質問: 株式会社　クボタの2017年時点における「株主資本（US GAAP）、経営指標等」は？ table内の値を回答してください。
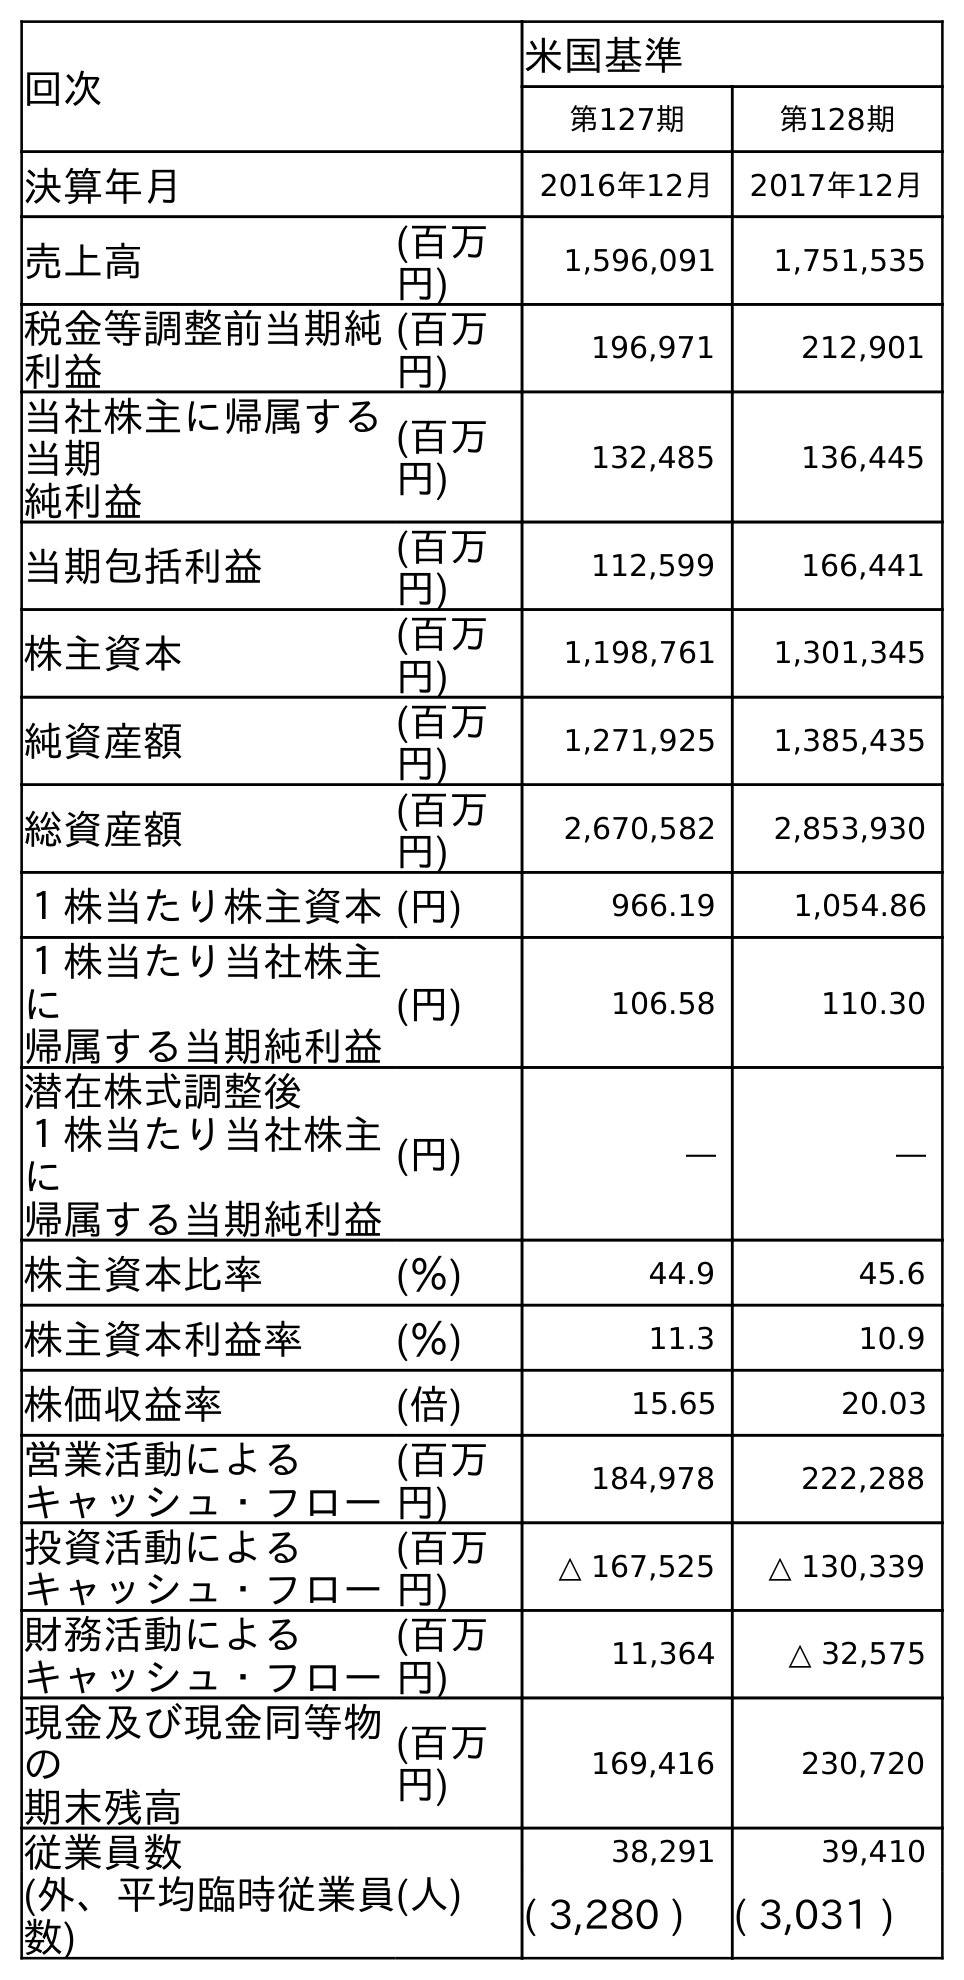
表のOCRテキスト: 回次 米国基準 第127期 第128期 決算年月 2016年12月 2017年12月 売上高 (百万 円) 1,596,091 1,751,535 税金等調整前当期純 利益 (百万 円) 196,971 212,901 当社株主に帰属する 当期 純利益 (百万 円) 132,485 136,445 当期包括利益 (百万 円) 112,599 166,441 株主資本 (百万 円) 1,198,761 1,301,345 純資産額 (百万 円) 1,271,925 1,385,435 総資産額 (百万 円) 2,670,582 2,853,930 １株当たり株主資本(円) 966.19 1,054.86 １株当たり当社株主 に 帰属する当期純利益 (円) 106.58 110.30 潜在株式調整後 １株当たり当社株主 に 帰属する当期純利益 (円) ― ― 株主資本比率 (％) 44.9 45.6 株主資本利益率 (％) 11.3 10.9 株価収益率 (倍) 15.65 20.03 営業活動による キャッシュ・フロー (百万 円) 184,978 222,288 投資活動による キャッシュ・フロー (百万 円) △ 167,525 △ 130,339 財務活動による キャッシュ・フロー (百万 円) 11,364 △ 32,575 現金及び現金同等物 の 期末残高 (百万 円) 169,416 230,720 従業員数 (人) 38,291 39,410 (外、平均臨時従業員 数) ( 3,280 ) ( 3,031 )
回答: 1,301,345